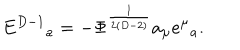
LaTeX: E ^ { D - 1 } { } _ { a } = - \Phi ^ { \frac { 1 } { 2 ( D - 2 ) } } a _ { \mu } e ^ { \mu } { } _ { a } .